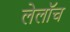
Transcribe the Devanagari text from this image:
लेलॉच